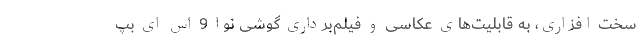
سخت افزاری، به قابلیت‌های عکاسی و فیلم‌برداری گوشی نوا 9 اس ای بپ